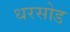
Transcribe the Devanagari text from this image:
धरसोड